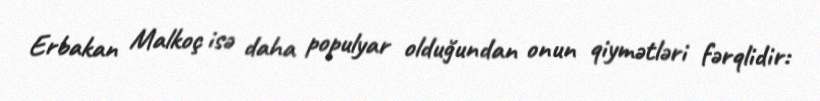
Erbakan Malkoç isə daha populyar olduğundan onun qiymətləri fərqlidir: